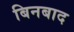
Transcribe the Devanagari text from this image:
बिनबाद